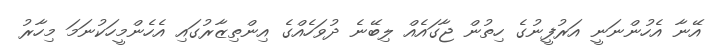
އޭނާ އެހުންނަނީ އަރުފީނުގެ ހިތުން ޖާގައެއް ލިބޭނެ ދުވަހެއްގެ އިންތިޒާރުގައި އެހެންމީހަކުނަމަ މިހާރު